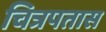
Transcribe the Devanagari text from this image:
चित्रपतास